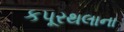
કપૂરથલાના